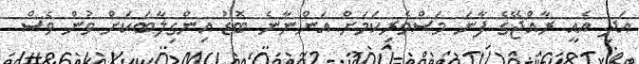
އަދި އެއީ ރާއްޖޭގެ ފާނަ މަސްވެރިކަމަށް އަންނާނެ ބޮޑު އިންގިލާބަކަށް ވުން ވެސް